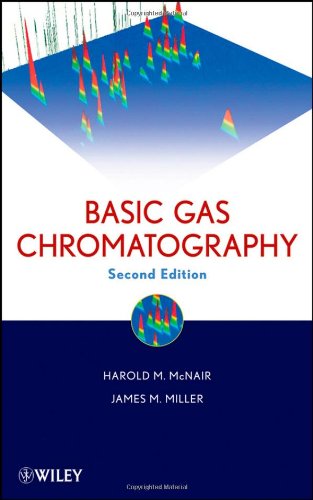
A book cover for Basic Gas Chromatography; Harold M. McNair; Science & Math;